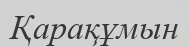
Қарақұмын